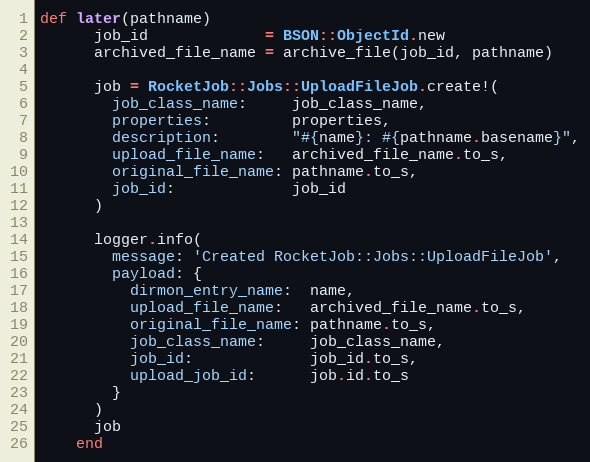
Language: Ruby
def later(pathname)
      job_id             = BSON::ObjectId.new
      archived_file_name = archive_file(job_id, pathname)

      job = RocketJob::Jobs::UploadFileJob.create!(
        job_class_name:     job_class_name,
        properties:         properties,
        description:        "#{name}: #{pathname.basename}",
        upload_file_name:   archived_file_name.to_s,
        original_file_name: pathname.to_s,
        job_id:             job_id
      )

      logger.info(
        message: 'Created RocketJob::Jobs::UploadFileJob',
        payload: {
          dirmon_entry_name:  name,
          upload_file_name:   archived_file_name.to_s,
          original_file_name: pathname.to_s,
          job_class_name:     job_class_name,
          job_id:             job_id.to_s,
          upload_job_id:      job.id.to_s
        }
      )
      job
    end